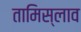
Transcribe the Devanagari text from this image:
तामिस्लाव